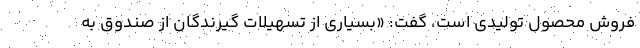
فروش محصول تولیدی است، گفت: «بسیاری از تسهیلات گیرندگان از صندوق به